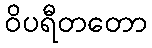
ဝိပရီတတော